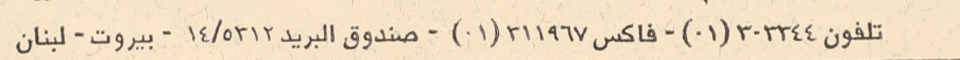
تلفون ٣٠٣٣٤٤(٠١) - فاكس ٣١١٩٦٧(٠١) - صندوق البريد ٥٣١٢/١٤ - بيروت - لبنان